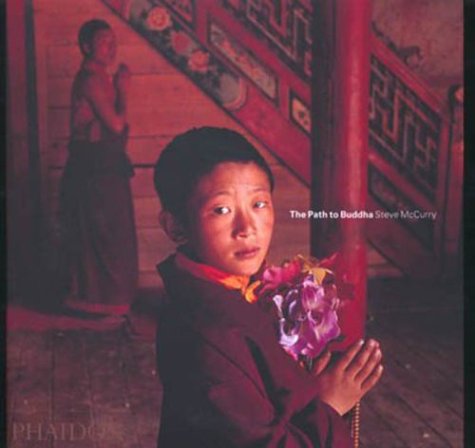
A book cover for The Path to Buddha: A Tibetan Pilgrimage; Steve McCurry; Travel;